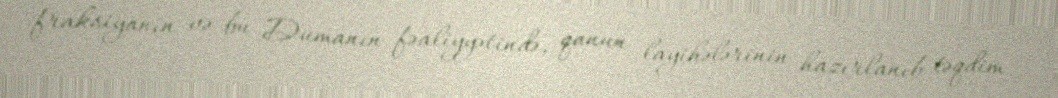
fraksiyanın və bu Dumanın fəaliyyətində, qanun layihələrinin hazırlanıb təqdim